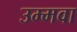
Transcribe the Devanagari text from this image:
उम्मवा